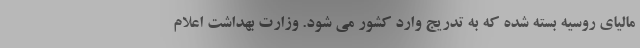
مالیای روسیه بسته شده که به تدریج وارد کشور می شود. وزارت بهداشت اعلام